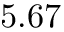
5 . 6 7